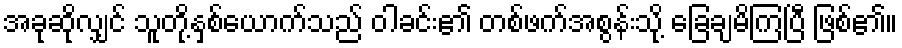
အခုဆိုလျှင် သူတို့နှစ်ယောက်သည် ဝါခင်း၏ တစ်ဖက်အစွန်းသို့ ခြေချမိကြပြီ ဖြစ်၏။